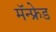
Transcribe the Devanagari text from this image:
मॅन्फ्रेड